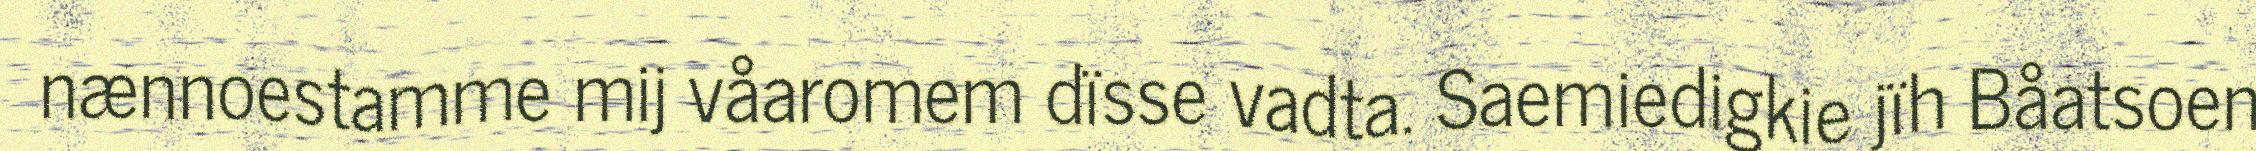
nænnoestamme mij våaromem dïsse vadta. Saemiedigkie jïh Båatsoen